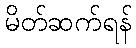
မိတ်ဆက်ရန်